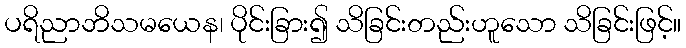
ပရိညာဘိသမယေန၊ ပိုင်းခြား၍ သိခြင်းတည်းဟူသော သိခြင်းဖြင့်။